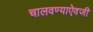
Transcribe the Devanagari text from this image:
चालवण्याऐवजी